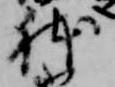
躰